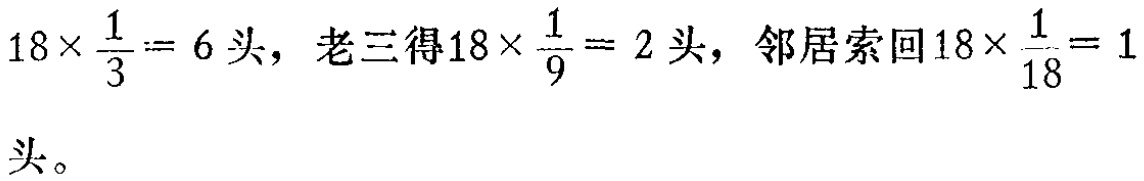
$18\times\frac{1}{3}=6\text{ 头，老三得}18\times\frac{1}{9}=2\text{ 头，邻居索回}18\times\frac{1}{18}=1\text{ 头。}$